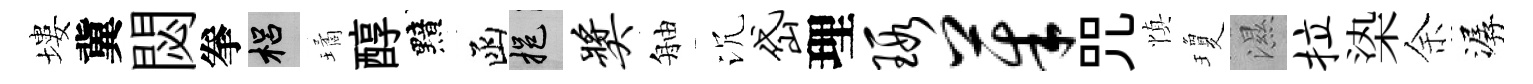
塿冀閟拳梠璚醇黯函挹奖舳沉岱理瑕茱咒慎瓊濕拉𣑱余潺